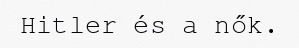
Hitler és a nők.